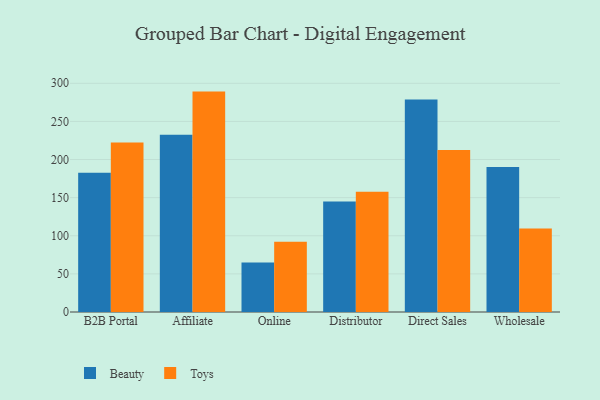
{"axis": {"x": "Channel", "y": "Demand Index"}, "legend": ["Beauty", "Toys"], "data": [{"x": "B2B Portal", "y": 182.6, "type": "Beauty"}, {"x": "B2B Portal", "y": 222.2, "type": "Toys"}, {"x": "Affiliate", "y": 232.6, "type": "Beauty"}, {"x": "Affiliate", "y": 289.1, "type": "Toys"}, {"x": "Online", "y": 64.9, "type": "Beauty"}, {"x": "Online", "y": 92.2, "type": "Toys"}, {"x": "Distributor", "y": 144.9, "type": "Beauty"}, {"x": "Distributor", "y": 157.6, "type": "Toys"}, {"x": "Direct Sales", "y": 278.9, "type": "Beauty"}, {"x": "Direct Sales", "y": 212.5, "type": "Toys"}, {"x": "Wholesale", "y": 190.1, "type": "Beauty"}, {"x": "Wholesale", "y": 109.6, "type": "Toys"}]}